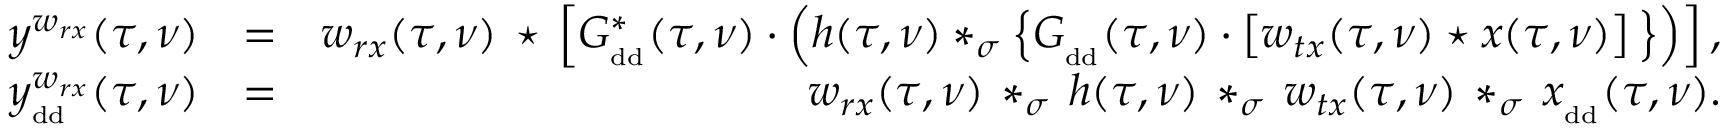
\begin{array} { r l r } { y ^ { w _ { r x } } ( \tau , \nu ) } & { = } & { w _ { r x } ( \tau , \nu ) \, \star \, \left[ G _ { _ { \mathrm { \footnotesize { d d } } } } ^ { * } ( \tau , \nu ) \cdot \left( h ( \tau , \nu ) * _ { \sigma } \left\{ G _ { _ { \mathrm { \footnotesize { d d } } } } ( \tau , \nu ) \cdot \left[ w _ { t x } ( \tau , \nu ) \star x ( \tau , \nu ) \right] \, \right\} \right) \right] , } \\ { y _ { _ { \mathrm { \footnotesize { d d } } } } ^ { w _ { r x } } ( \tau , \nu ) } & { = } & { w _ { r x } ( \tau , \nu ) \, * _ { \sigma } \, h ( \tau , \nu ) \, * _ { \sigma } \, w _ { t x } ( \tau , \nu ) \, * _ { \sigma } \, x _ { _ { \mathrm { \footnotesize { d d } } } } ( \tau , \nu ) . } \end{array}